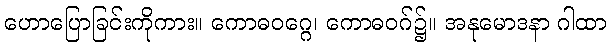
ဟောပြောခြင်းကိုကား။ ကောဓဝဂ္ဂေ၊ ကောဓဝဂ်၌။ အနုမောဒနာ ဂါထာ